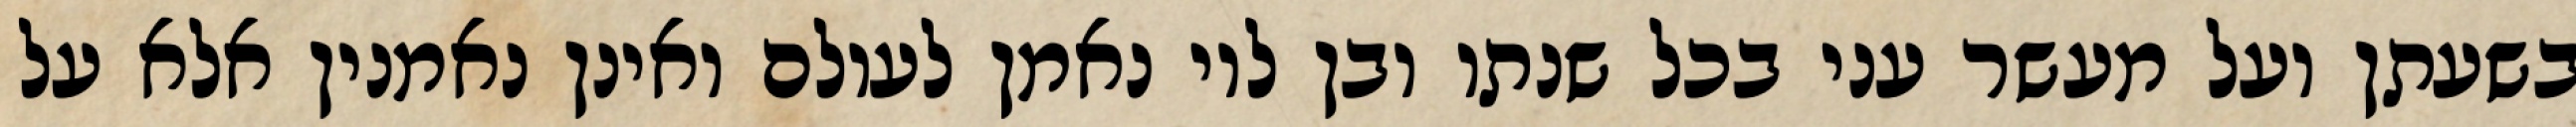
בשעתן ועל מעשר עני בכל שנתו ובן לוי נאמן לעולם ואינן נאמנין אלא על